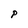
Character: P